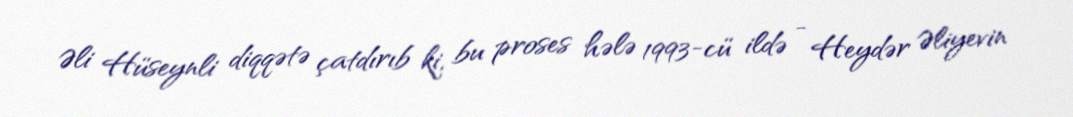
Əli Hüseynli diqqətə çatdırıb ki, bu proses hələ 1993-cü ildə - Heydər Əliyevin